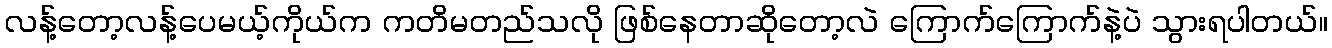
လန့်တော့လန့်ပေမယ့်ကိုယ်က ကတိမတည်သလို ဖြစ်နေတာဆိုတော့လဲ ကြောက်ကြောက်နဲ့ပဲ သွားရပါတယ်။